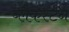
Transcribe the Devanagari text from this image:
ब्लैकस्टन